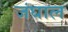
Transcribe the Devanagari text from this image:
जंघाल